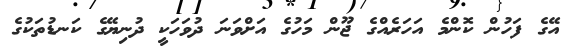
އޭގެ ފަހުން ކޮންމެ އަހަރެއްގެ ޖޫން މަހުގެ އަށްވަނަ ދުވަހަކީ ދުނިޔޭގެ ކަނޑުތަކުގެ